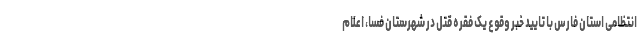
انتظامی استان فارس با تایید خبر وقوع یک فقره قتل در شهرستان فسا، اعلام